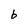
Character: b